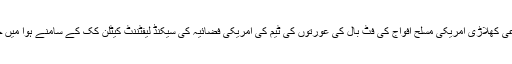
جنوبی کوریا کی دفاعی کھلاڑی امریکی مسلح افواج کی فٹ بال کی عورتوں کی ٹیم کی امریکی فضائیہ کی سیکنڈ لیفٹننٹ کیٹلِن کک کے سامنے ہوا میں چھلانگ لگا رہی ہے۔